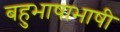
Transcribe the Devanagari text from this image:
बहुभाषाभाषी